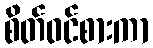
စိတ်ဝင်စားကာ